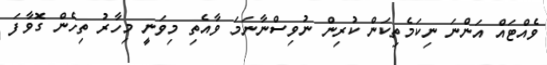
ވެއްޓައް އަންނަ ނިކަމެތިކަން ކުރިން ނުވިސްނާނަމަ ވާއެތި މިވަނީ މިހާރު ތިހެން ގޮވާފަ